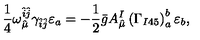
\frac { 1 } { 4 } \omega _ { \hat { \mu } } ^ { \hat { i } \hat { j } } \gamma _ { \hat { i } \hat { j } } \varepsilon _ { a } = - \frac { 1 } { 2 } \bar { g } A _ { \hat { \mu } } ^ { I } \left( \Gamma _ { I 4 5 } \right) _ { a } ^ { b } \varepsilon _ { b } ,